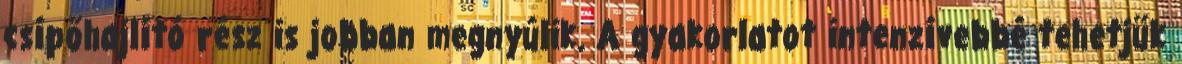
csípőhajlító rész is jobban megnyúlik. A gyakorlatot intenzívebbé tehetjük